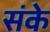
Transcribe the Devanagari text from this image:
संके